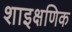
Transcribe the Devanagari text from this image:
शाइक्षणिक